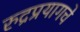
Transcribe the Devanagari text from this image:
रुद्रप्रयागचे